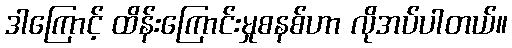
ဒါကြောင့် ထိန်းကြောင်းမှုစနစ်ဟာ လိုအပ်ပါတယ်။